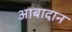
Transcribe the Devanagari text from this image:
आबादान